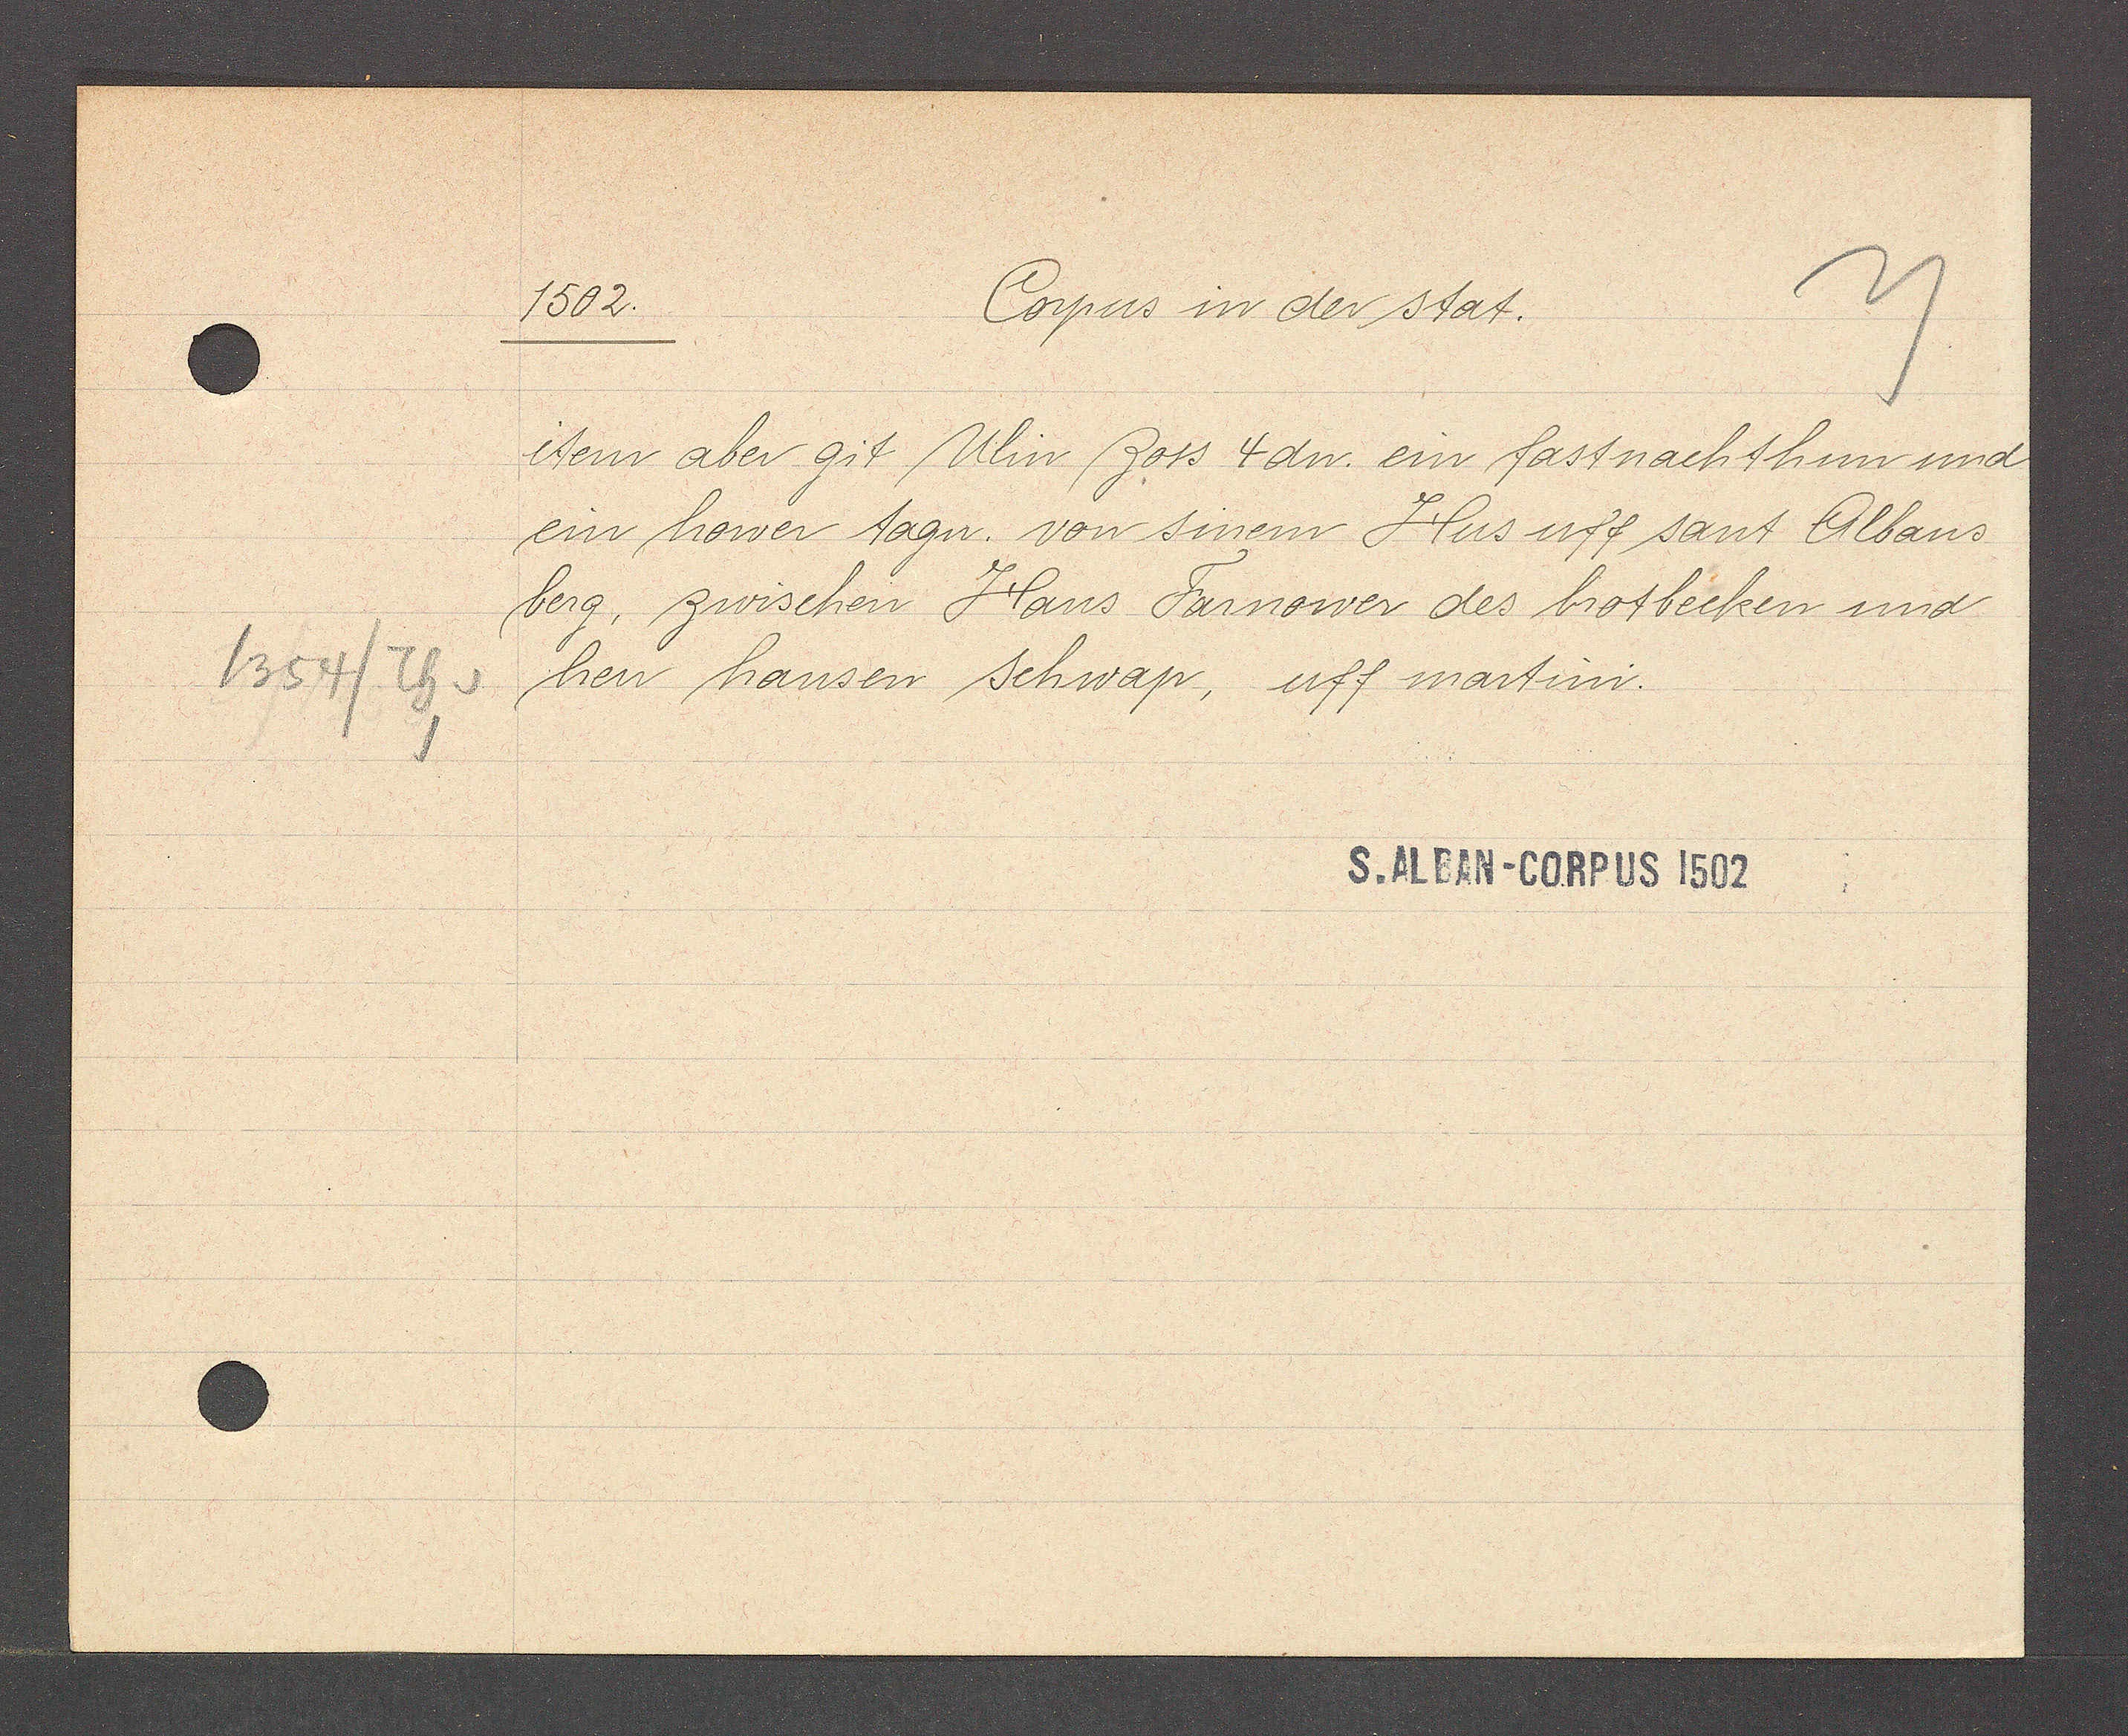
Transcript:
1354/ Th v

1502.
Copus in der stat.

item aber git Ulin Zoss 4 dn ein fastnachthun und
ein hower tagn. von sinem Hus uff sant Albans
berg, zwischen Hans Farnower des brotbecken und
hen hansen schwap, uff martini.

S. ALBAN-CORPUS 1502